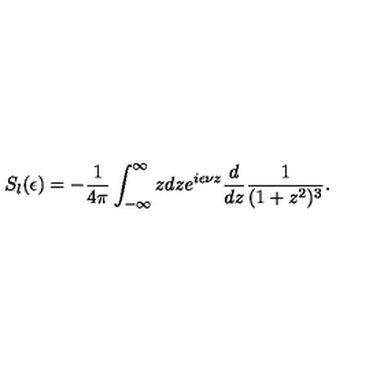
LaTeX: S _ { l } ( \epsilon ) = - { \frac { 1 } { 4 \pi } } \int _ { - \infty } ^ { \infty } z d z e ^ { i \epsilon \nu z } { \frac { d } { d z } } { \frac { 1 } { ( 1 + z ^ { 2 } ) ^ { 3 } } } .